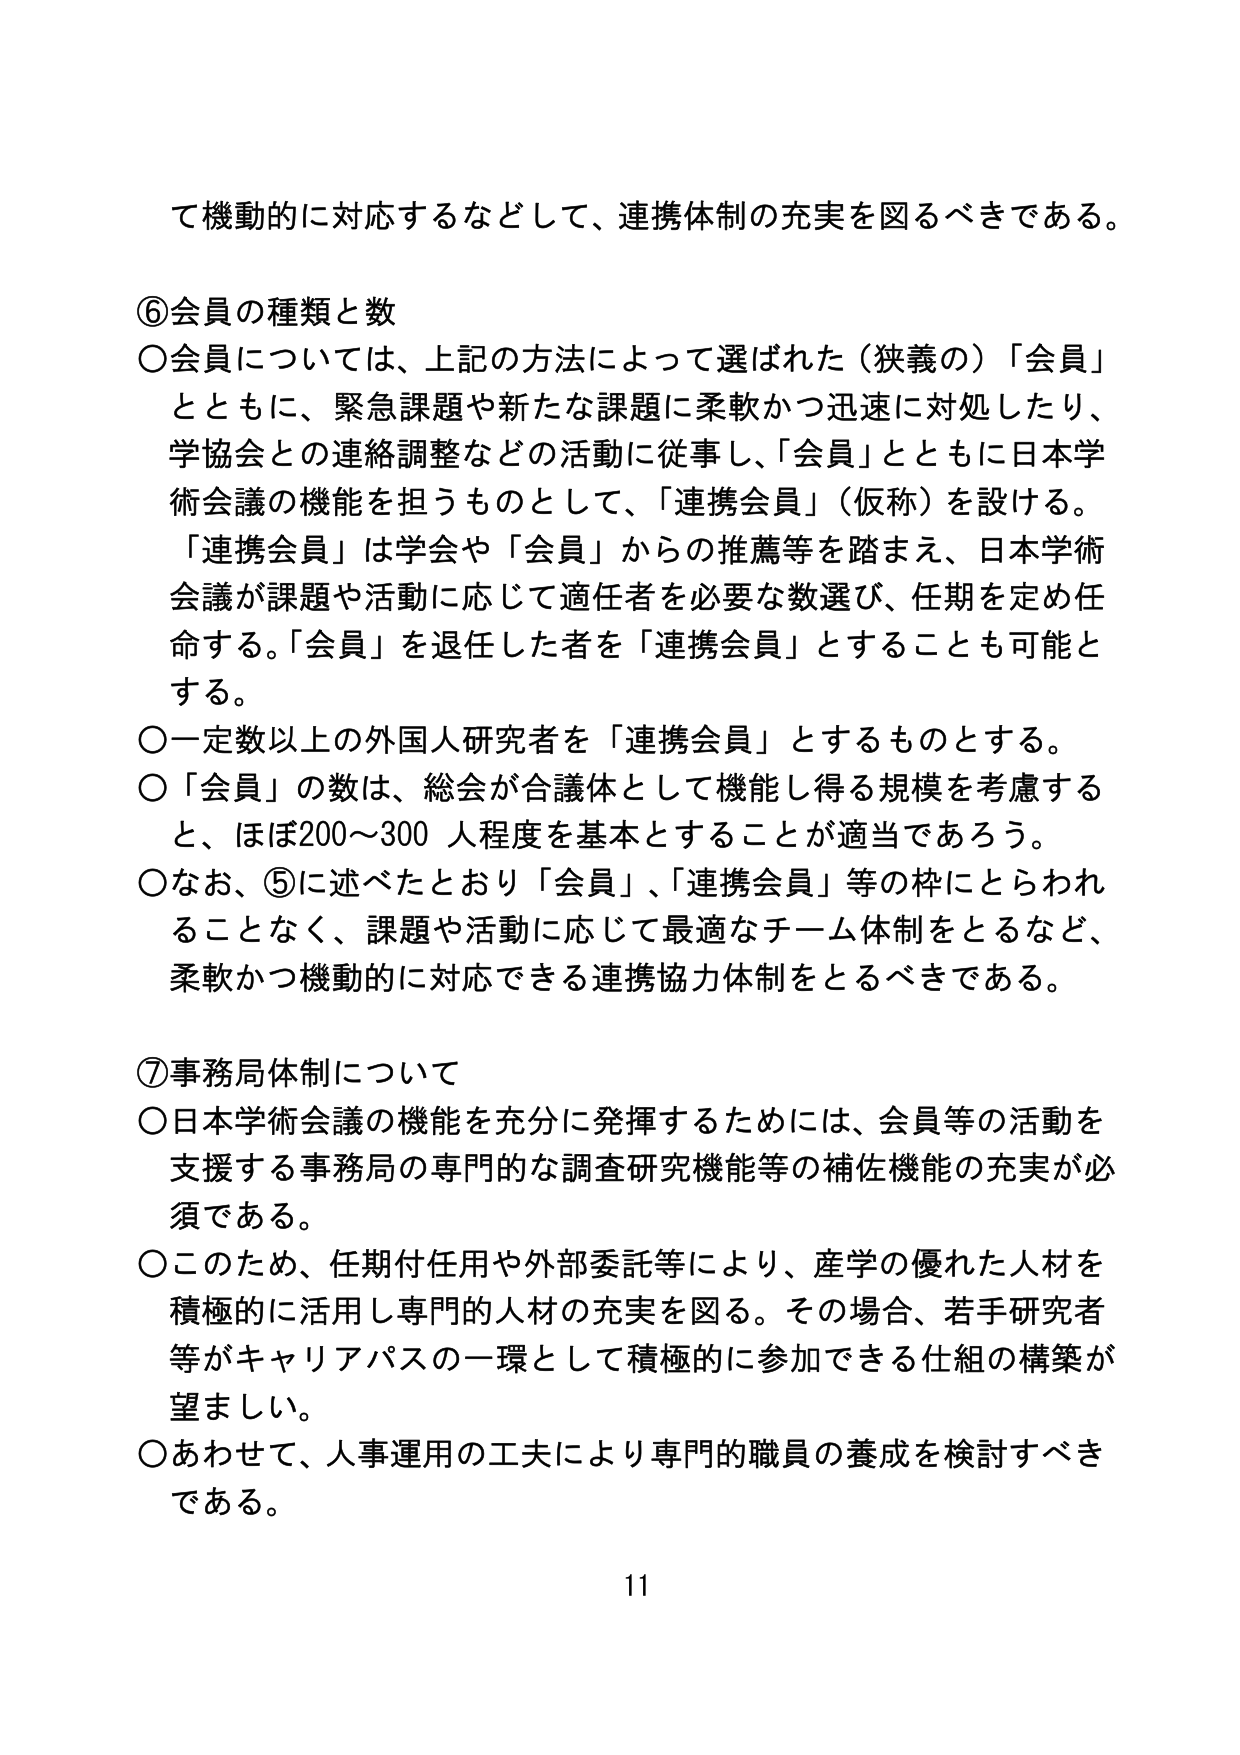
て機動的に対応するなどして、連携体制の充実を図るべきである。

⑥会員の種類と数
○会員については、上記の方法によって選ばれた（狭義の）「会員」とともに、緊急課題や新たな課題に柔軟かつ迅速に対処したり、学協会との連絡調整などの活動に従事し、「会員」とともに日本学術会議の機能を担うものとして、「連携会員」（仮称）を設ける。「連携会員」は学会や「会員」からの推薦等を踏まえ、日本学術会議が課題や活動に応じて適任者を必要な数選び、任期を定め任命する。「会員」を退任した者を「連携会員」とすることも可能とする。
○一定数以上の外国人研究者を「連携会員」とするものとする。
○「会員」の数は、総会が合議体として機能し得る規模を考慮すると、ほぼ200～300人程度を基本とすることが適当であろう。
○なお、⑤に述べたとおり「会員」、「連携会員」等の枠にとらわれることなく、課題や活動に応じて最適なチーム体制をとるなど、柔軟かつ機動的に対応できる連携協力体制をとるべきである。

⑦事務局体制について
○日本学術会議の機能を充分に発揮するためには、会員等の活動を支援する事務局の専門的な調査研究機能等の補佐機能の充実が必須である。
○このため、任期付任用や外部委託等により、産学の優れた人材を積極的に活用し専門的人材の充実を図る。その場合、若手研究者等がキャリアパスの一環として積極的に参加できる仕組の構築が望ましい。
○あわせて、人事運用の工夫により専門的職員の養成を検討すべきである。

11